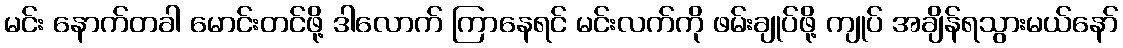
မင်း နောက်တခါ မောင်းတင်ဖို့ ဒါလောက် ကြာနေရင် မင်းလက်ကို ဖမ်းချုပ်ဖို့ ကျုပ် အချိန်ရသွားမယ်နော်